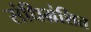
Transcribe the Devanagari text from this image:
संधिभ्रंशित